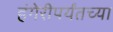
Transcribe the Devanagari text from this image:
हंगेरीपर्यंतच्या